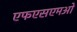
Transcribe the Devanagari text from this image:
एफएसएमओ